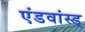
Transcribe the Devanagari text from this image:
एंडवांस्ड्